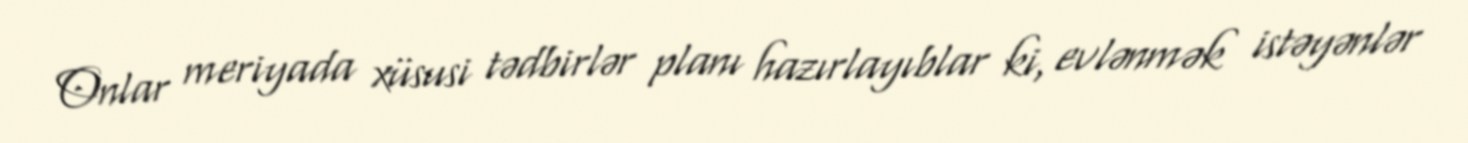
Onlar meriyada xüsusi tədbirlər planı hazırlayıblar ki, evlənmək istəyənlər